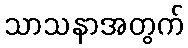
သာသနာအတွက်